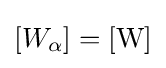
\left[W_{\alpha }\right]=\left[{\text{W}}\right]